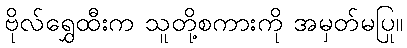
ဗိုလ်ရွှေထီးက သူတို့စကားကို အမှတ်မပြု။